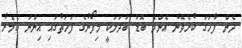
ދެން ފާހަގަ ކުރެވޭނެ އެންމެ ބޮޑު ބަދަލަކީ މިފޯނުގެ ފަހަތުގައި އިންނަ ކެމެރާ